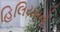
હિલિયમનો